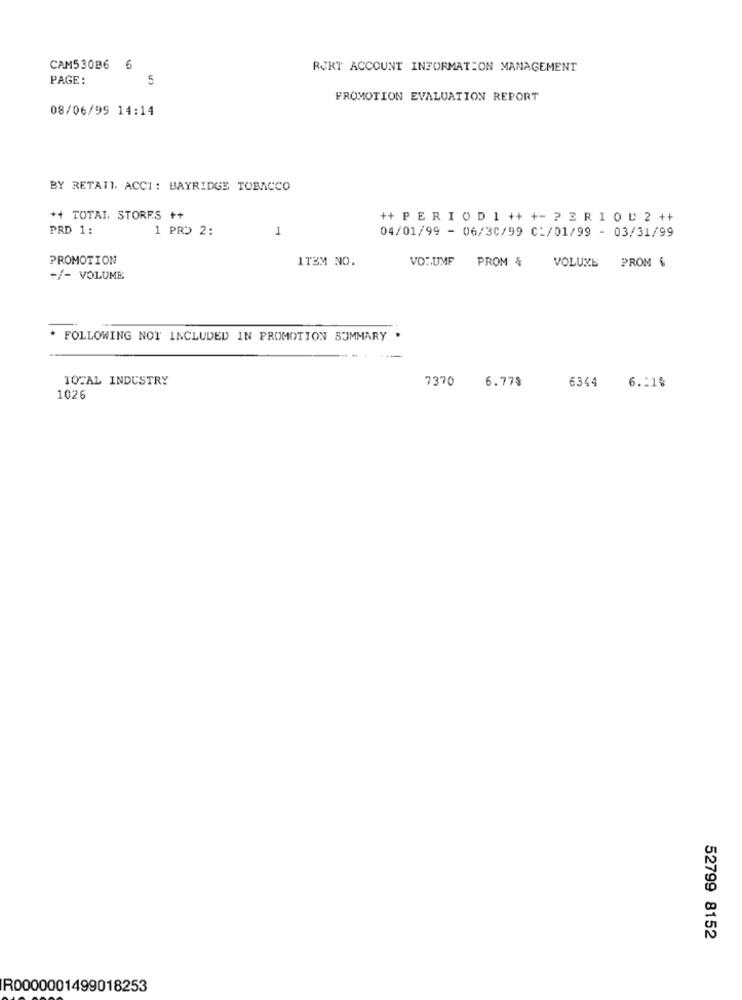
CAM530B6
6
RUKT ACCOUNT INFORMATION MANAGEMENT
PAGE:
5
PROMOTION EVALUATION REPORT
08/06/99 14:14
BY RETATI. ACCI: BAYRIDGE TOBACCO
*+ TOTAL. STORES ++
++ PER I O D 1 ++ +- P 3 R 1 0 D 2 ++
PRD 1 :
1 PRD 2:
1
04/01/99 - 06/30/99 C:/01/99 - 03/31/99
PROMOTION
ITEM NO.
VONUMF PROM &
VOLUME
PROM 6
+/- VOLUME
* FOLLOWING NOT INCLUDED IN PROMOTION SUMMARY
TOTAL INDUSTRY
7370
6.77%
6344
6.210
1026
52799 8152
R0000001499018253